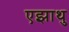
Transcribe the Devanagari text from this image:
एझाथु